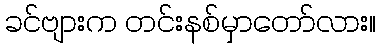
ခင်ဗျားက တင်းနစ်မှာတော်လား။